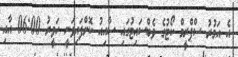
އެ އަމުރު ސްޕްރީމް ކޯޓުގެ ވެބްސައިޓުގައި ސާއިއު ކޮށްފައިވަނީ ހަވީރު 06:00 އާއި